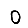
Digit: 0